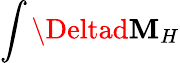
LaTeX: \int\Deltad\mathbf{M}_{H}